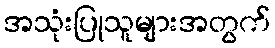
အသုံးပြုသူများအတွက်